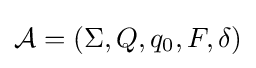
{\mathcal {A}}=(\Sigma ,Q,q_{0},F,\delta )